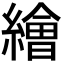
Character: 𦅩